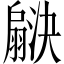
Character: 𬚇